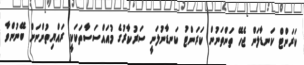
ކަރަންޓް ކަނޑާލަން ޖެހޭ ތަންތަނުން ކަރަންޓު ކަނޑާނުލަނީ ސަރުކާރުގެ މުއައްސަސާތަކަކީ ރައްޔިތުންނަށް ބޭނުންވާ